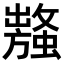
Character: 𧒥